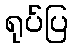
ရုပ်ပြ